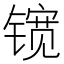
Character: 𮸠